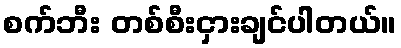
စက်ဘီး တစ်စီးငှားချင်ပါတယ်။